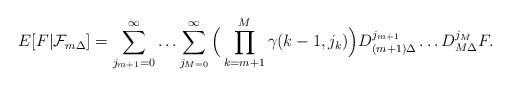
\begin{align*}E[F|\mathcal{F}_{m\Delta }]=\sum_{j_{m+1}=0}^{\infty}\ldots\sum_{j_{M=0}}^{\infty }\Big(\prod\limits_{k=m+1}^{M}\gamma(k-1,j_{k})\Big)D_{(m+1)\Delta }^{j_{m+1}}\ldots D_{M\Delta }^{j_{M}}F.\end{align*}